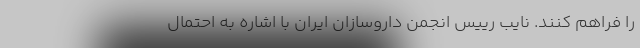
را فراهم کنند. نایب رییس انجمن داروسازان ایران با اشاره به احتمال